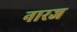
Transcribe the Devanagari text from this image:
नारज